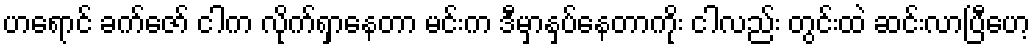
ဟရောင် ခက်ဇော် ငါက လိုက်ရှာနေတာ မင်းက ဒီမှာနှပ်နေတာကိုး ငါလည်း တွင်းထဲ ဆင်းလာပြီဟေ့